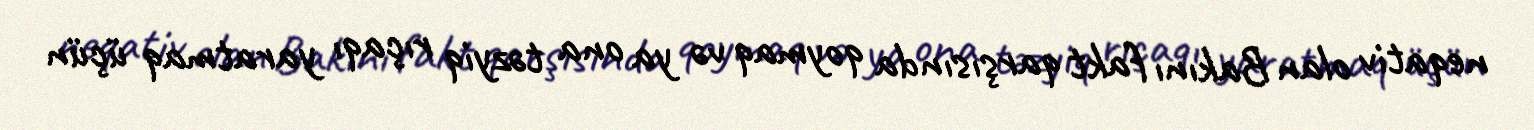
neqativ olan Bakını fakt qarşısında qoymaq və ya ona təzyiq rıçaqı yaratmaq üçün